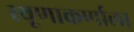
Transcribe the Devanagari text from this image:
स्थूणाकर्णाला